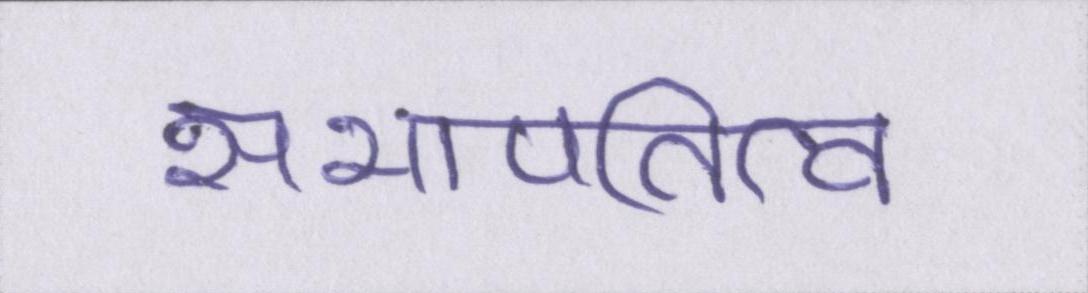
सभापतित्व